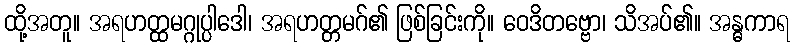
ထို့အတူ။ အရဟတ္ထမဂ္ဂုပ္ပါဒေါ၊ အရဟတ္တမဂ်၏ ဖြစ်ခြင်းကို။ ဝေဒိတဗ္ဗော၊ သိအပ်၏။ အန္ဓကာရ